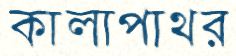
কালাপাথর